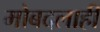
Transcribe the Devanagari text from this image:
मोबदलाही